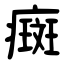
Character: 癍